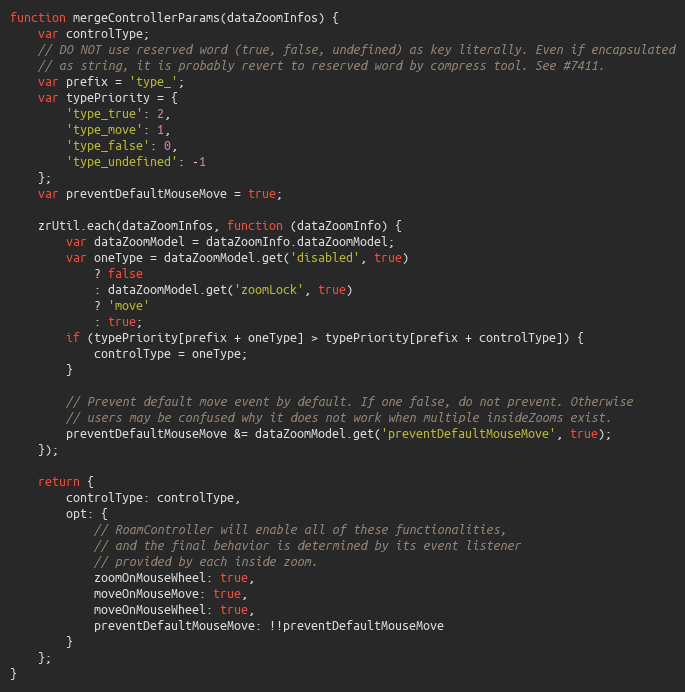
Language: JavaScript
function mergeControllerParams(dataZoomInfos) {
    var controlType;
    // DO NOT use reserved word (true, false, undefined) as key literally. Even if encapsulated
    // as string, it is probably revert to reserved word by compress tool. See #7411.
    var prefix = 'type_';
    var typePriority = {
        'type_true': 2,
        'type_move': 1,
        'type_false': 0,
        'type_undefined': -1
    };
    var preventDefaultMouseMove = true;

    zrUtil.each(dataZoomInfos, function (dataZoomInfo) {
        var dataZoomModel = dataZoomInfo.dataZoomModel;
        var oneType = dataZoomModel.get('disabled', true)
            ? false
            : dataZoomModel.get('zoomLock', true)
            ? 'move'
            : true;
        if (typePriority[prefix + oneType] > typePriority[prefix + controlType]) {
            controlType = oneType;
        }

        // Prevent default move event by default. If one false, do not prevent. Otherwise
        // users may be confused why it does not work when multiple insideZooms exist.
        preventDefaultMouseMove &= dataZoomModel.get('preventDefaultMouseMove', true);
    });

    return {
        controlType: controlType,
        opt: {
            // RoamController will enable all of these functionalities,
            // and the final behavior is determined by its event listener
            // provided by each inside zoom.
            zoomOnMouseWheel: true,
            moveOnMouseMove: true,
            moveOnMouseWheel: true,
            preventDefaultMouseMove: !!preventDefaultMouseMove
        }
    };
}